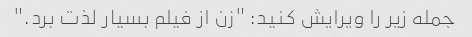
جمله زیر را ویرایش کنید: "زن از فیلم بسیار لذت برد."